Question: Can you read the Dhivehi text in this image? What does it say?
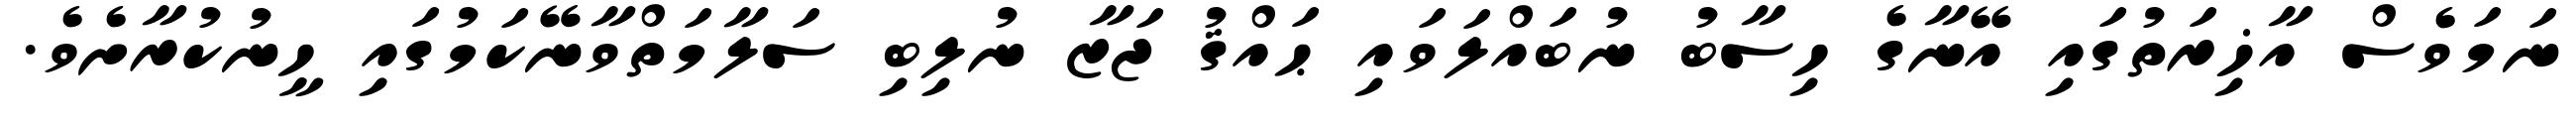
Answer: ނަމަވެސް އާޚިރަތުގައި އޭނާގެ ހިސާބު ނުބައްލަވައި ޙައްޤު ޖަޒާ ނުލިބި ސަލާމަތްވާނޭކަމުގައި ހީނުކުރާށެވެ.